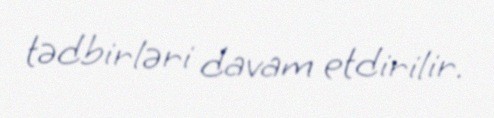
tədbirləri davam etdirilir.